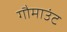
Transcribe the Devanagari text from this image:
गौमाउंट